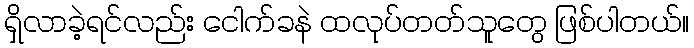
ရှိလာခဲ့ရင်လည်း ငေါက်ခနဲ ထလုပ်တတ်သူတွေ ဖြစ်ပါတယ်။